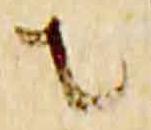
者